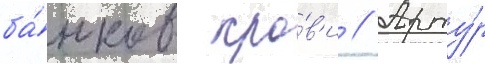
ба́нков кро́в'и // Арту́р